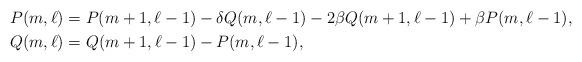
LaTeX: \begin{align*}P(m,\ell) &= P(m+1,\ell-1) - \delta Q(m,\ell-1) - 2\beta Q(m+1,\ell-1) + \beta P(m,\ell-1),\\Q(m,\ell) &= Q(m+1,\ell-1) - P(m,\ell-1), \end{align*}